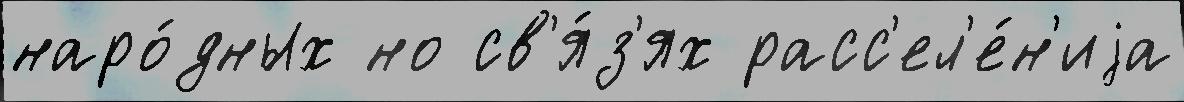
наро́дных но св'я́з'ях расс'ел'е́н'иjа